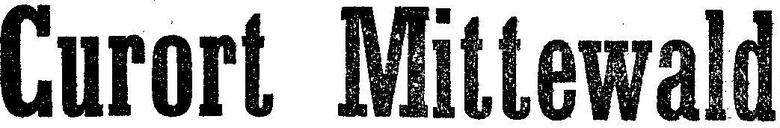
Curort Mittewald